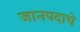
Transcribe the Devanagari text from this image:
जानपदाचे